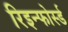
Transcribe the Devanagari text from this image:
रिइन्फोर्स्ड